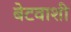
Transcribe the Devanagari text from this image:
बेटवाशी